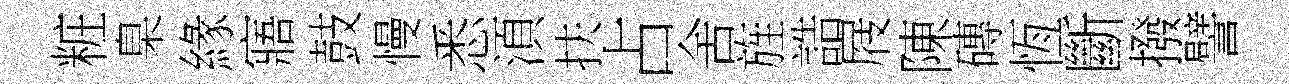
粧臬緣寤鼓慢悉湏扶占舍旌誥屐陳磚恆斷撥譬